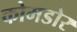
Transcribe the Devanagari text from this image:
कोमडोर